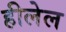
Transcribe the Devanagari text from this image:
हीलेल